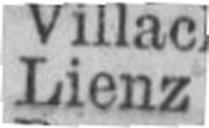
Lienz